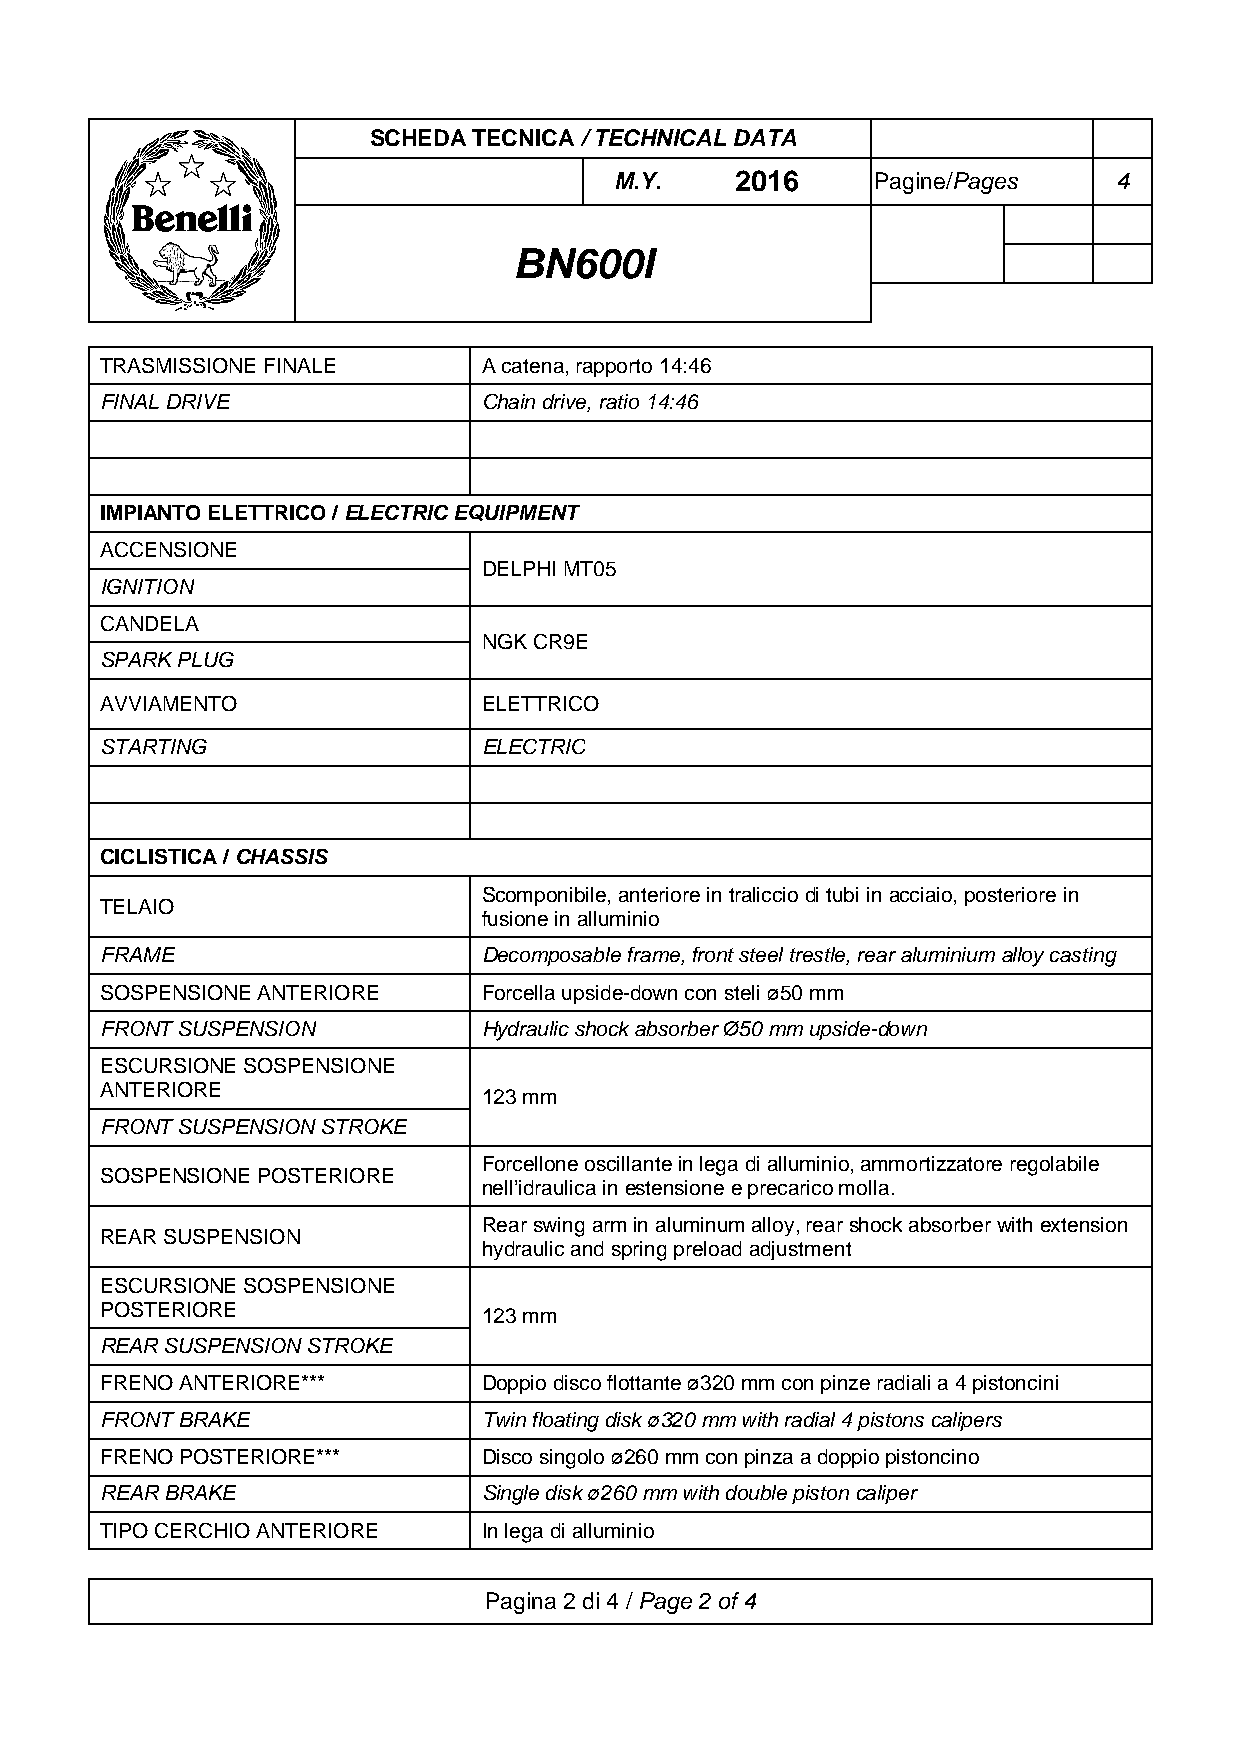
SCHEDA TECNICA / TECHNICAL DATA
 M.Y.    2016     Pagine/Pages    4
 BN600I
 TRASMISSIONE FINALE      A catena, rapporto 14:46
 FINAL DRIVE              Chain drive, ratio 14:46
 IMPIANTO ELETTRICO / ELECTRIC EQUIPMENT
 ACCENSIONE
 DELPHI MT05
 IGNITION
 CANDELA
 NGK CR9E
 SPARK PLUG
 AVVIAMENTO               ELETTRICO
 STARTING                 ELECTRIC
 CICLISTICA / CHASSIS
 Scomponibile, anteriore in traliccio di tubi in acciaio, posteriore in
 TELAIO
 fusione in alluminio
 FRAME                    Decomposable frame, front steel trestle, rear aluminium alloy casting
 SOSPENSIONE ANTERIORE    Forcella upside-down con steli ø50 mm
 FRONT SUSPENSION         Hydraulic shock absorber Ø50 mm upside-down
 ESCURSIONE SOSPENSIONE
 ANTERIORE
 123 mm
 FRONT SUSPENSION STROKE
 Forcellone oscillante in lega di alluminio, ammortizzatore regolabile
 SOSPENSIONE POSTERIORE
 nell’idraulica in estensione e precarico molla.
 Rear swing arm in aluminum alloy, rear shock absorber with extension
 REAR SUSPENSION
 hydraulic and spring preload adjustment
 ESCURSIONE SOSPENSIONE
 POSTERIORE
 123 mm
 REAR SUSPENSION STROKE
 FRENO ANTERIORE***       Doppio disco flottante ø320 mm con pinze radiali a 4 pistoncini
 FRONT BRAKE              Twin floating disk ø320 mm with radial 4 pistons calipers
 FRENO POSTERIORE***      Disco singolo ø260 mm con pinza a doppio pistoncino
 REAR BRAKE               Single disk ø260 mm with double piston caliper
 TIPO CERCHIO ANTERIORE   In lega di alluminio
 Pagina 2 di 4 / Page 2 of 4